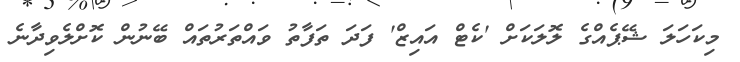
މިކަހަލަ ޝޭޕެއްގެ ލޮލަކަށް 'ކެޓް އައިޒް' ފަދަ ތަފާތު ވައްތަރުތައް ބޭނުން ކޮށްލެވިދާނެ